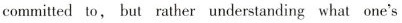
committed to,but rather understanding what one's